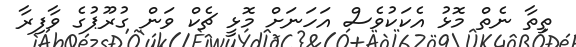
ތިތާ ނެތް މޮޅު އެކަކުވެސް އަހަނަށް މޮޅީ ޗެކް ވަން ގުރޫޕުގެ ވާފިރާ